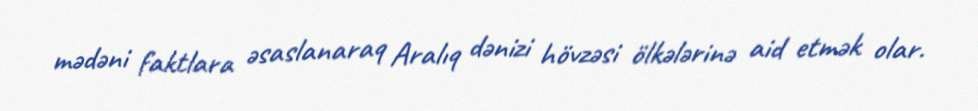
mədəni faktlara əsaslanaraq Aralıq dənizi hövzəsi ölkələrinə aid etmək olar.